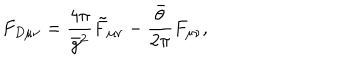
LaTeX: F _ { D \mu \nu } = \frac { 4 \pi } { \bar { g } ^ { 2 } } \tilde { F } _ { \mu \nu } - \frac { \bar { \theta } } { 2 \pi } F _ { \mu \nu } ,